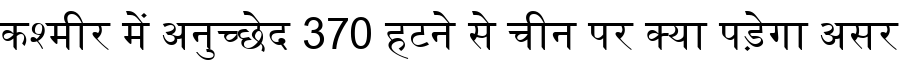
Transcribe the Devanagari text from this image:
कश्मीर में अनुच्छेद 370 हटने से चीन पर क्या पड़ेगा असर